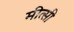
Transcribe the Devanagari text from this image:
मीत्सी